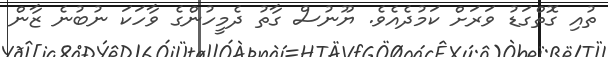
ތުއި ގޮތްގަޑު ވަރަށް ކަމުދެއެވެ. ޔޫނުސް ގާތު ދެމީހުންގެ ވާހަކަ ނުބުނެ ޒާން